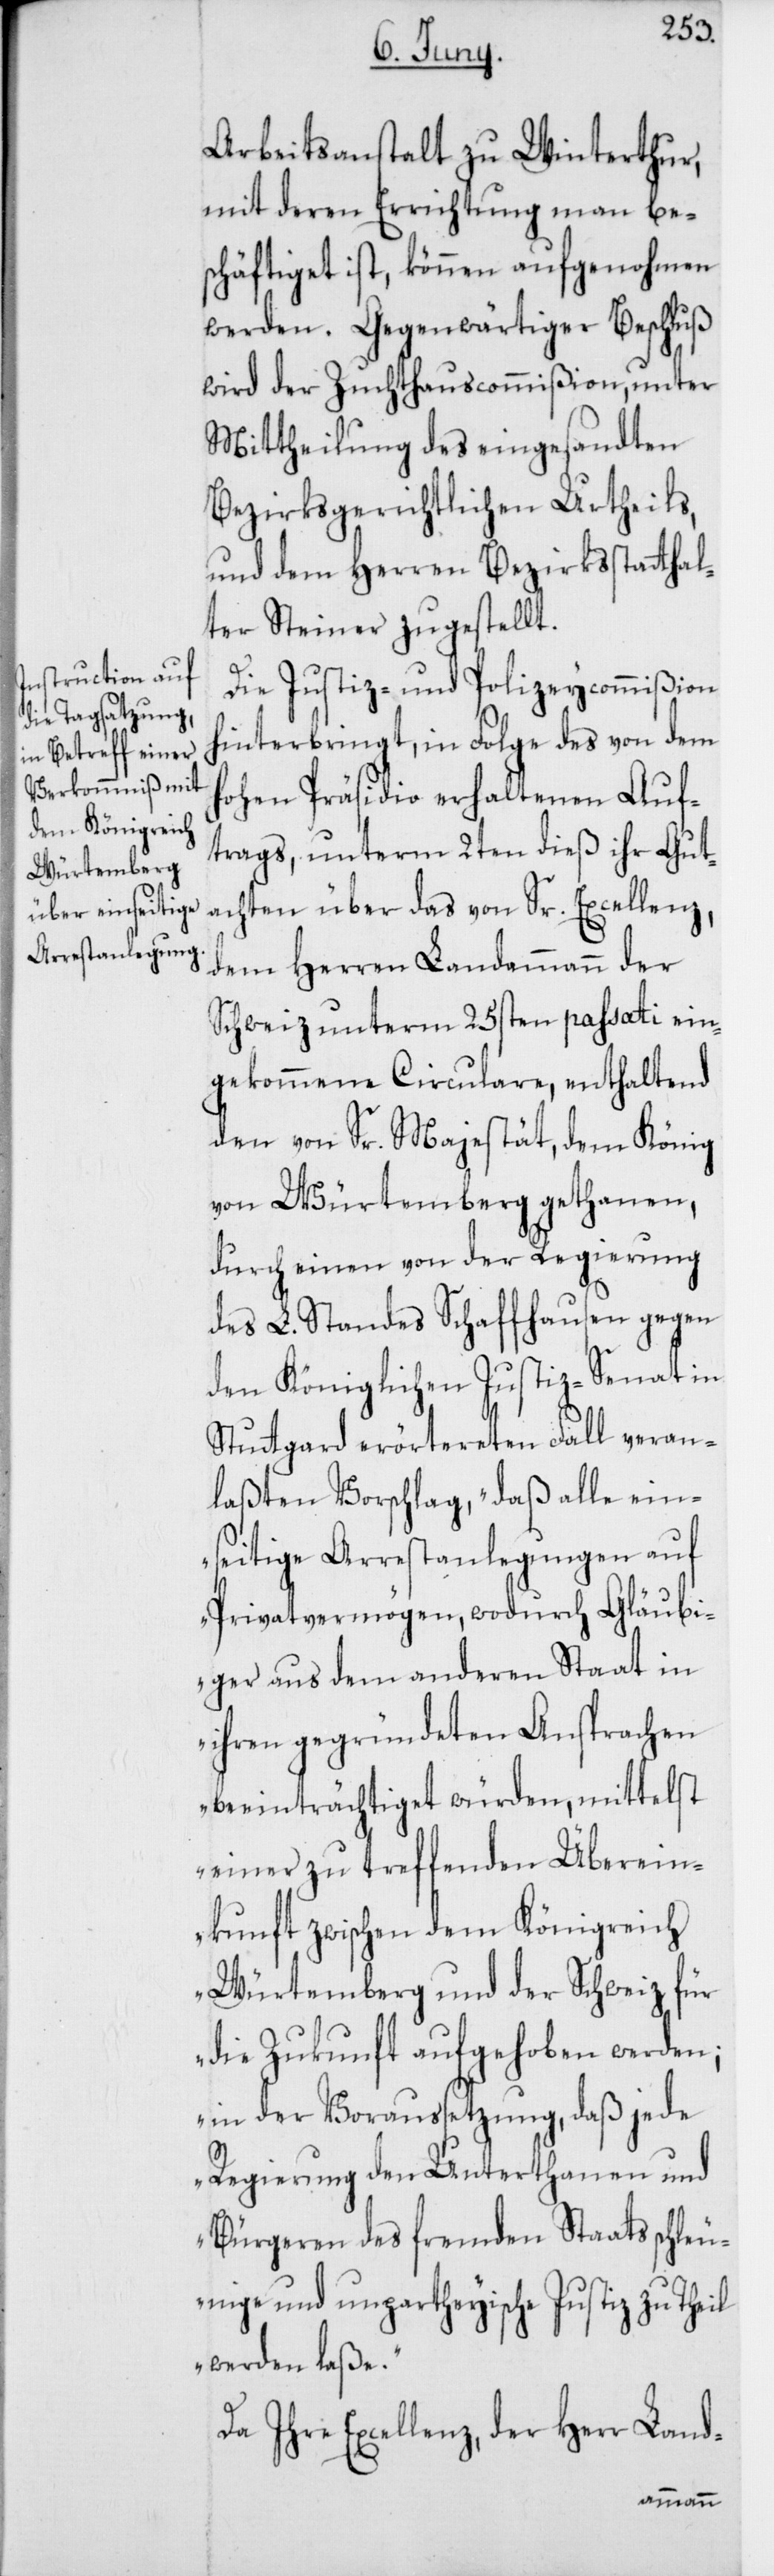
Arbeitsantalt zu Winterthur,
mit deren Errichtung man be¬
schäftiget ist, können aufgenohmen
werden. Gegenwärtiger Beschluß
wird der Zuchthauscommißion, unter
Mittheilung des eingesandten
bezirksgerichtlichen Urtheils,
und dem Herren Bezirksstatthal¬
ter Steiner zugestellt.
Die Justiz- und Polizeycommißion
hinterbringt, in Folge des von dem
Hohen Präsidio erhaltenen Auf¬
trags, unterm 2ten dieß ihr Gut¬
achten über das von Sr. Excellenz,
dem Herren Landammann der
Schweiz unterm 25sten passati ein¬
gekommene Circulare, enthaltend
den von Sr. Majestät, dem König
von Würtemberg gethanen,
durch einen von der Regierung
des L. Standes Schaffhausen gegen
den Königlichen Justiz-Senat in
Stutgard erörtereten Fall veran¬
laßten Vorschlag, „daß alle ein¬
seitige Arrestanlegungen auf
Privatvermögen, wodurch Gläubi¬
ger aus dem anderen Staat in
ihren gegründeten Ansprachen
beeinträchtiget würden, mittelst
einer zu treffenden Überein¬
kunft zwischen dem Königreich
Würtemberg und der Schweiz für
die Zukunft aufgehoben werden;
in der Voraussetzung, daß jede
Regierung der Unterthanen und
Bürgeren des fremden Staats schleu¬
nige und unpartheyische Justiz zu Theil
werden laße.“
Da ihre Excellenz, der Herr Land-